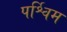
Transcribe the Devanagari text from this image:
पर्श्विम